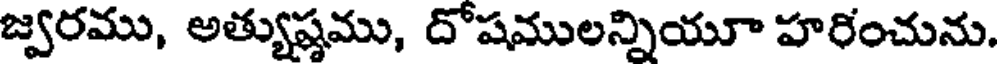
జ్వరము, అత్యుష్ణము, దోషములన్నియూ హరించును.